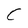
Character: C